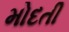
મોદતી